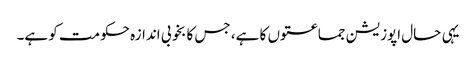
یہی حال اپوزیشن جماعتوں کا ہے، جس کا بخوبی اندازہ حکومت کو ہے۔